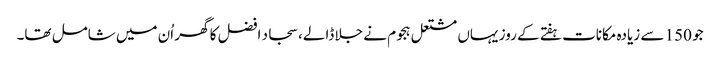
جو 150 سے زیادہ مکانات ہفتے کے روز یہاں مشتعل ہجوم نے جلا ڈالے، سجاد افضل کا گھر اُن میں شامل تھا۔